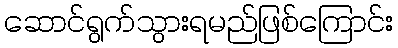
ဆောင်ရွက်သွားရမည်ဖြစ်ကြောင်း